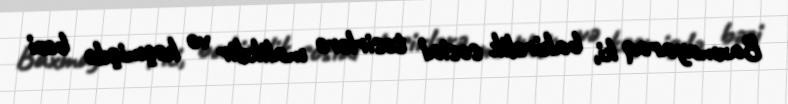
Baxmayaraq ki, bakirəlik sosial təsirlərə malikdir və keçmişdə bəzi